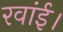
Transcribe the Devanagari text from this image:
रवांई।